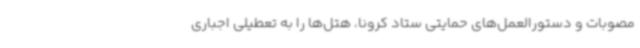
مصوبات و دستورالعمل‌های حمایتی ستاد کرونا، هتل‌ها را به تعطیلی اجباری